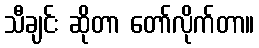
သီချင်း ဆိုတာ တော်လိုက်တာ။